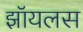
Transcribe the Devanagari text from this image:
झॉयलस